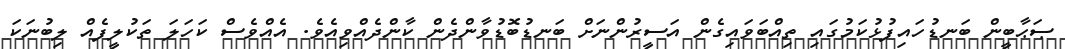
ޞަޙާބީން ބަނޑުހައިފުޅުކަމުގައި ތިއްބަވައިގެން އަސީރުންނަށް ބަނޑުބޮޑުވާންދެން ކާންދެއްވިއެވެ. އެއްވެސް ކަހަލަ ތަކުލީފެއް ލިބުނަކަ